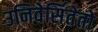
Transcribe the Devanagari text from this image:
उनिवेर्सितेतो